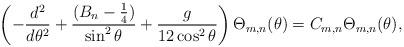
LaTeX: \begin{align*}\left( -\frac{d^{2}}{d\theta ^{2}}+\frac{(B_n-\frac{1}{4})}{\sin ^{2}\theta }+\frac{g}{12 \cos^2\theta} \right) \Theta_{m,n} (\theta )=C_{m,n} \Theta_{m,n} (\theta ), \end{align*}